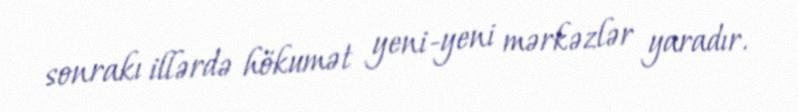
sonrakı illərdə hökumət yeni-yeni mərkəzlər yaradır.